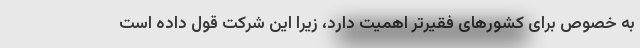
به خصوص برای کشورهای فقیرتر اهمیت دارد، زیرا این شرکت قول داده است